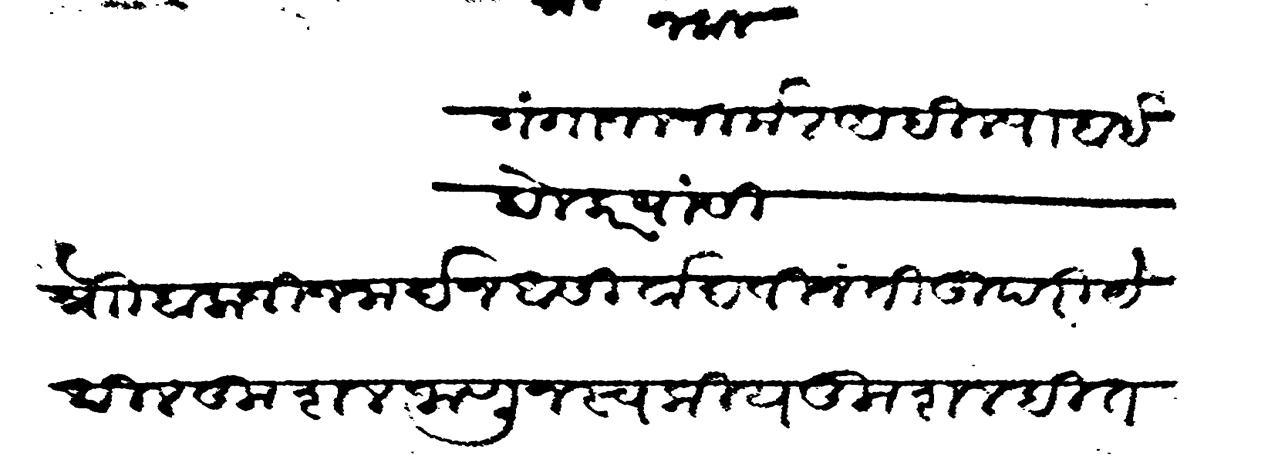
Transliteration (Devanagari): गंगाजल निर्मल अहिल्याबाई होलकर यांसी श्नाो बालाजी जनार्दन आसीर्वाद विनंती उपरी येथील कुशल जाणून स्वकीय कुशल हित